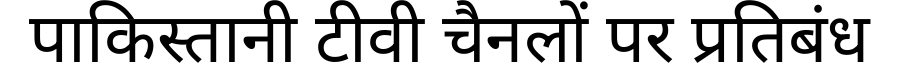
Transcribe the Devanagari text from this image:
पाकिस्तानी टीवी चैनलों पर प्रतिबंध